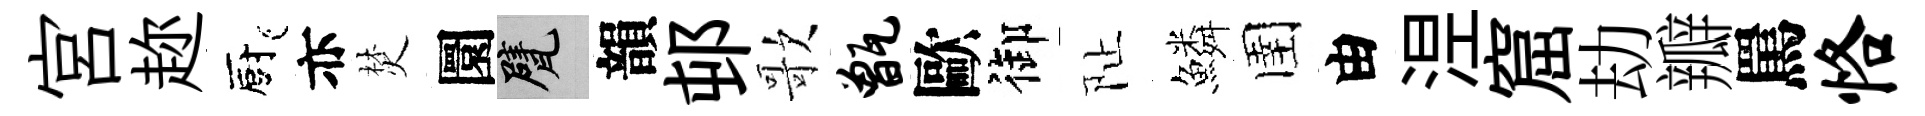
宮趂廚亦焚圜甓韻邨歌甑歐御阯鱗圉由𣵀窟劫瓣罵恪